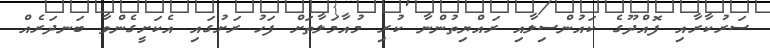
ސަރުކާރާއި ފޮއްދޫގެ ކައުންސިލާއި ރައްޔިތުންނާ ކުރި މުއާމަލާތަށް ފަހު ރަށުގައި އެކަށީގެންވާ ބަނދަރެއް